Document type: bank_statement
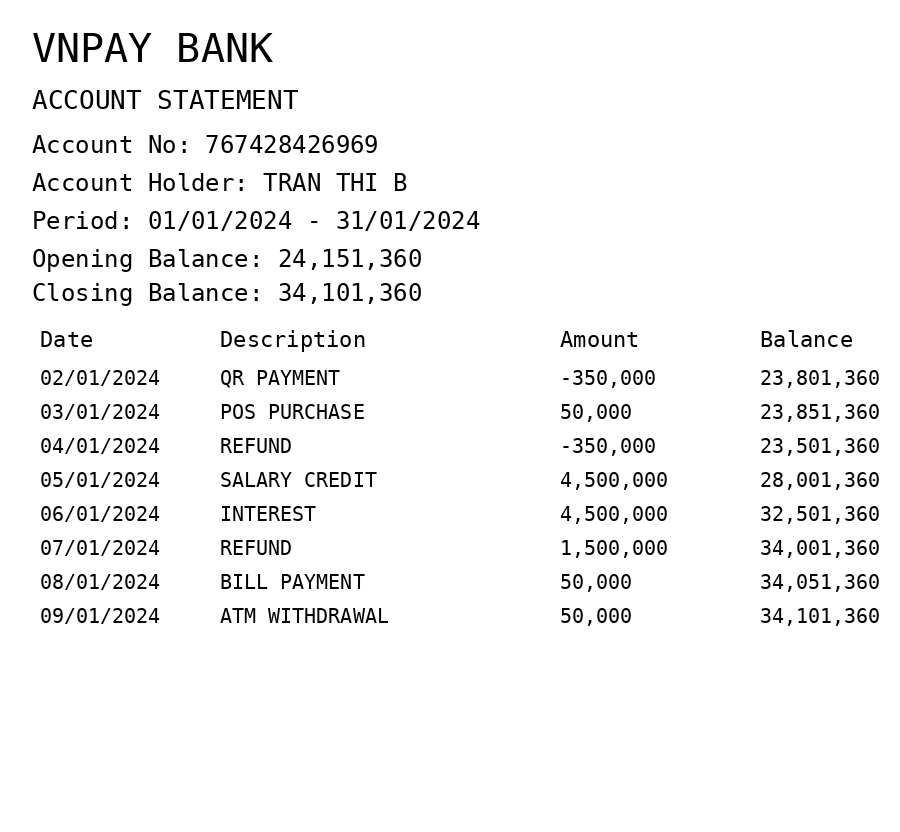
OCR transcript:
VNPAY BANK
ACCOUNT STATEMENT
Account No: 767428426969
Account Holder: TRAN THI B
Period: 01/01/2024 - 31/01/2024
Opening Balance: 24,151,360
Closing Balance: 34,101,360
Date
Description
Amount
Balance
02/01/2024
QR PAYMENT
-350,000
23,801,360
03/01/2024
POS PURCHASE
50,000
23,851,360
04/01/2024
REFUND
-350,000
23,501,360
05/01/2024
SALARY CREDIT
4,500,000
28,001,360
06/01/2024
INTEREST
4,500,000
32,501,360
07/01/2024
REFUND
1,500,000
34,001,360
08/01/2024
BILL PAYMENT
50,000
34,051,360
09/01/2024
ATM WITHDRAWAL
50,000
34,101,360
Extracted fields:
bank_name: vnpay bank
account_number: 767428426969
account_holder: tran thi b
statement_period: 01/01/2024 - 31/01/2024
opening_balance: 24151360
closing_balance: 34101360
transactions: date: 2024-01-02
description: qr payment
amount: -350000
balance: 23801360
date: 2024-01-03
description: pos purchase
amount: 50000
balance: 23851360
date: 2024-01-04
description: refund
amount: -350000
balance: 23501360
date: 2024-01-05
description: salary credit
amount: 4500000
balance: 28001360
date: 2024-01-06
description: interest
amount: 4500000
balance: 32501360
date: 2024-01-07
description: refund
amount: 1500000
balance: 34001360
date: 2024-01-08
description: bill payment
amount: 50000
balance: 34051360
date: 2024-01-09
description: atm withdrawal
amount: 50000
balance: 34101360